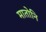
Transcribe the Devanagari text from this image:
मातोनि